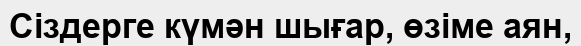
Сіздерге күмән шығар, өзіме аян,